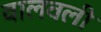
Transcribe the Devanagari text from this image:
वालवली